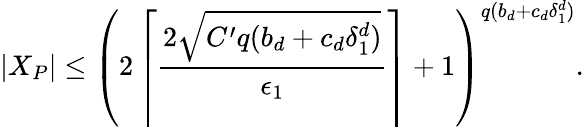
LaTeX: |X_{P}|\leq\left(2\left\lceil\frac{2\sqrt{C^{\prime}q(b_{d}+c_{d}\delta_{1}^{d})}}{\epsilon_{1}}\right\rceil+1\right)^{q(b_{d}+c_{d}\delta_{1}^{d})}.